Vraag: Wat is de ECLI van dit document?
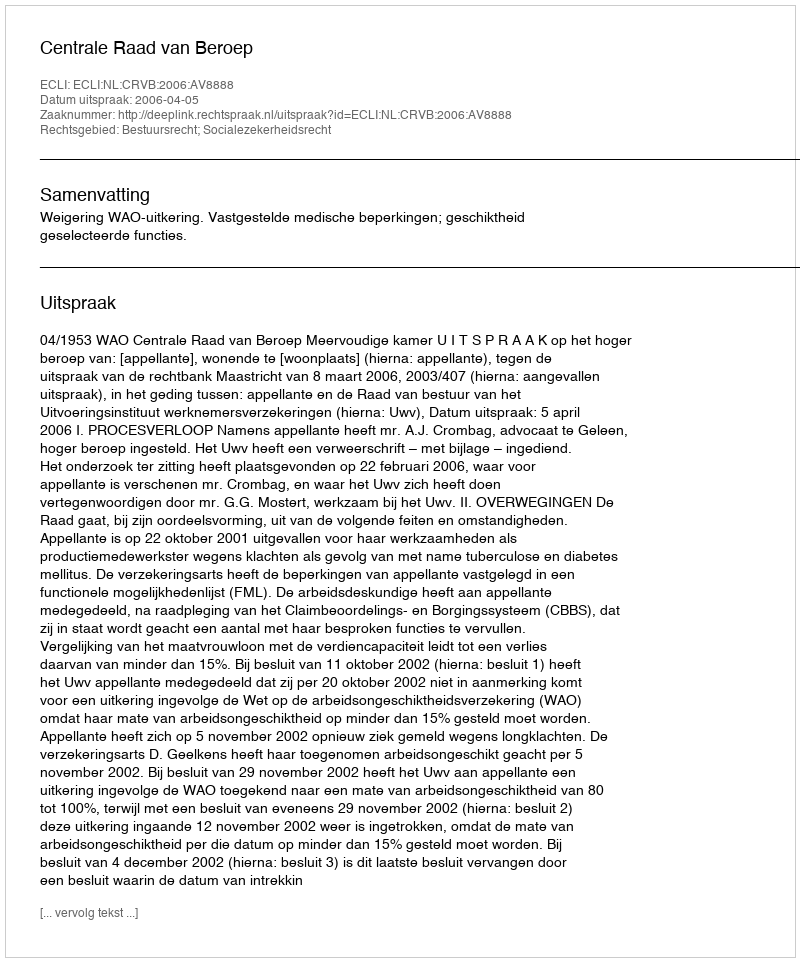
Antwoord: ECLI:NL:CRVB:2006:AV8888